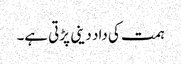
ہمت کی داد دینی پڑتی ہے۔